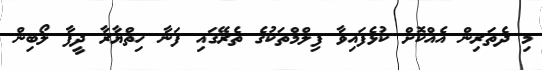
މި ދެތަރިން އެއްކޮށް ކުޅެފައިވާ ފިލްމްތަކުގެ ތެރޭގައި ފަނާ ހިތްޔާރާ ދީފާ ލޯބިން